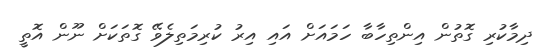
ދިމާކުރި ގޮތުން އިންތިހާބާ ހަމައަށް އައި އިރު ކުރިމަތިލެވޭ ގޮތަކަށް ނޫން އޮތީ